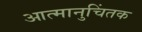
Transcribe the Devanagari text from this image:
आत्मानुचिंतक